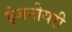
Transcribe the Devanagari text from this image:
इंजनीयरी